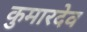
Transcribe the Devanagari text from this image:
कुमारदेव